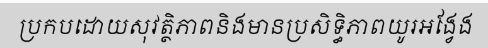
ប្រកបដោយសុវត្ថិភាពនិងមានប្រសិទ្ធិភាពយូរអង្វែង